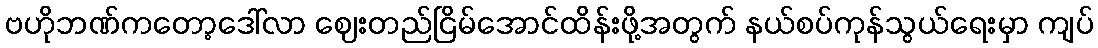
ဗဟိုဘဏ်ကတော့ဒေါ်လာ ဈေးတည်ငြိမ်အောင်ထိန်းဖို့အတွက် နယ်စပ်ကုန်သွယ်ရေးမှာ ကျပ်